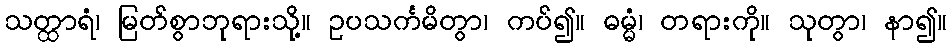
သတ္ထာရံ၊ မြတ်စွာဘုရားသို့။ ဥပသင်္ကမိတွာ၊ ကပ်၍။ ဓမ္မံ၊ တရားကို။ သုတွာ၊ နာ၍။